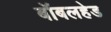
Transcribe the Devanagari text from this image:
बॉबलहेड